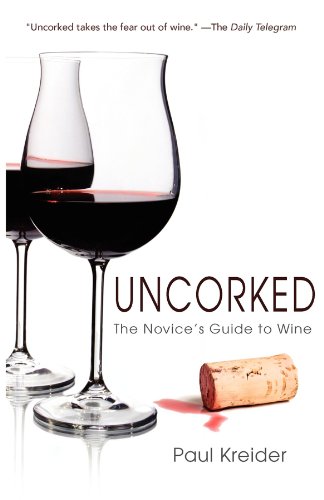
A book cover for Uncorked: The Novice's Guide to Wine; Paul Kreider; Reference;